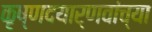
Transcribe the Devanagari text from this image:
कृष्णदयार्णवांच्या